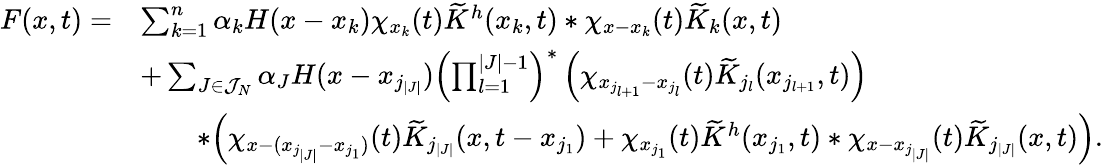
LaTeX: \begin{array}{rl}{F(x,t)=}&{\sum_{k=1}^{n}\alpha_{k}H(x-x_{k})\chi_{x_{k}}(t)\widetilde{K}^{h}(x_{k},t)\ast\chi_{x-x_{k}}(t)\widetilde{K}_{k}(x,t)}\\ &{+\sum_{J\in\mathcal{J}_{N}}\alpha_{J}H(x-x_{j_{|J|}})\left(\prod_{l=1}^{|J|-1}\right)^{\ast}\left(\chi_{x_{j_{l+1}}-x_{j_{l}}}(t)\widetilde{K}_{j_{l}}(x_{j_{l+1}},t)\right)}\\ &{\qquad\ast\Big(\chi_{x-(x_{j_{|J|}}-x_{j_{1}})}(t)\widetilde{K}_{j_{|J|}}(x,t-x_{j_{1}})+\chi_{x_{j_{1}}}(t)\widetilde{K}^{h}(x_{j_{1}},t)\ast\chi_{x-x_{j_{|J|}}}(t)\widetilde{K}_{j_{|J|}}(x,t)\Big).}\end{array}